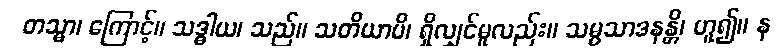
တသ္မာ၊ ကြောင့်။ သဒ္ဓါယ၊ သည်။ သတိယာပိ၊ ရှိလျှင်မူလည်း။ သမ္ပသာဒနန္တိ၊ ဟူ၍။ န